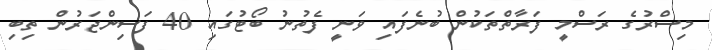
މިސްރުގެ ރަސްމީ ފަރާތްތަކުން ބުނެފައި ވަނީ ފެތުނު ބޯޓުގައި 40 ފަސިންޖަރުން ތިބި